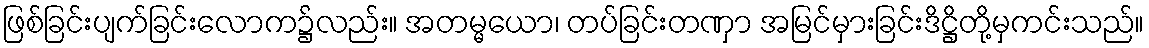
ဖြစ်ခြင်းပျက်ခြင်းလောက၌လည်း။ အတမ္မယော၊ တပ်ခြင်းတဏှာ အမြင်မှားခြင်းဒိဋ္ဌိတို့မှကင်းသည်။